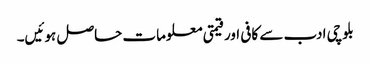
بلوچی ادب سے کافی اور قیمتی معلومات حاصل ہوئیں۔